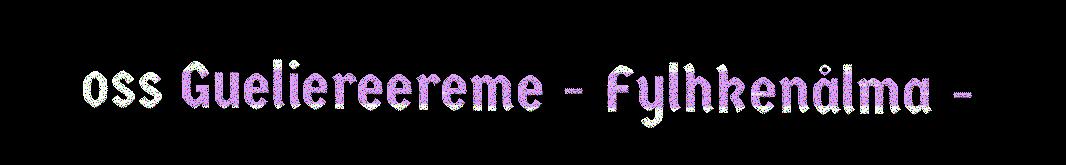
oss Gueliereereme - Fylhkenålma -